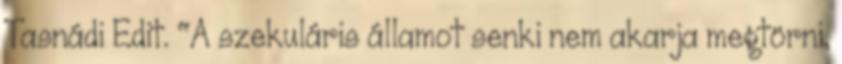
Tasnádi Edit. "A szekuláris államot senki nem akarja megtörni,